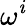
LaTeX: \omega^{\mathit{i}}